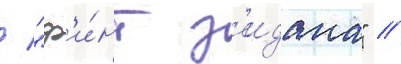
/ "ф'и́нт з'идана" //